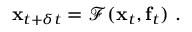
\mathbf { x } _ { t + \delta t } = \mathcal { F } ( \mathbf { x } _ { t } , \mathbf { f } _ { t } ) \mathrm { ~ . ~ }